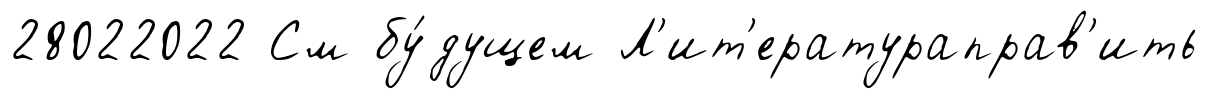
28022022 См бу́дущем Л'ит'ератураправ'ить